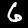
Label: 6